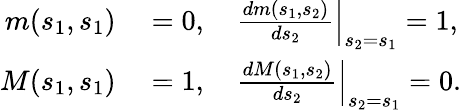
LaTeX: \begin{array}{rl}{m(s_{1},s_{1})}&{{}=0,\quad\left.{\frac{dm(s_{1},s_{2})}{ds_{2}}}\right|_{s_{2}=s_{1}}=1,}\\ {M(s_{1},s_{1})}&{{}=1,\quad\left.{\frac{dM(s_{1},s_{2})}{ds_{2}}}\right|_{s_{2}=s_{1}}=0.}\end{array}